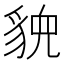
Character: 𬥉